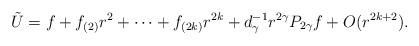
LaTeX: \begin{align*}\tilde U = f + f_{(2)}r^2 + \dotsb + f_{(2k)}r^{2k} + d_\gamma^{-1}r^{2\gamma}P_{2\gamma}f + O(r^{2k+2}) .\end{align*}